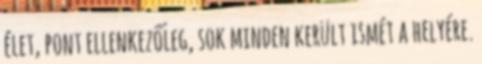
élet, pont ellenkezőleg, sok minden került ismét a helyére.